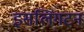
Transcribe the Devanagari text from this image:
इसलिंगटन